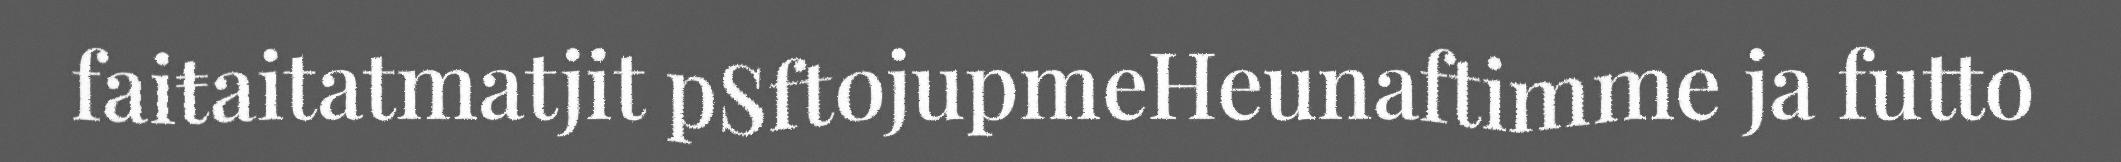
faiŧaitatmatjit pSftojupmeHeunaftimme ja futto